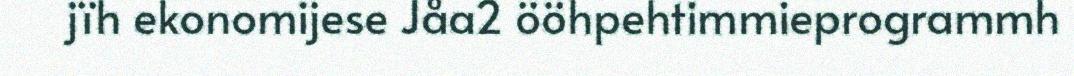
jïh ekonomijese Jåa2 ööhpehtimmieprogrammh